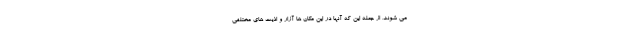
می شوند، از جمله این که آنها در این مکان ها آزار و اذیت های مختلفی